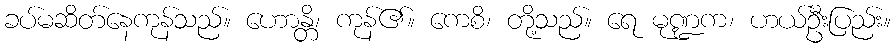
ခပ်မဆိတ်နေကုန်သည်။ ဟောန္တိ၊ ကုန်၏။ ကေစိ၊ တို့သည်။ ရေ မုဏ္ဍက၊ ဟယ်ဦးပြည်း။